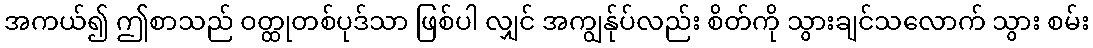
အကယ်၍ ဤစာသည် ဝတ္ထုတစ်ပုဒ်သာ ဖြစ်ပါ လျှင် အကျွန်ုပ်လည်း စိတ်ကို သွားချင်သလောက် သွား စမ်း